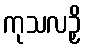
ကုသလဉှိ